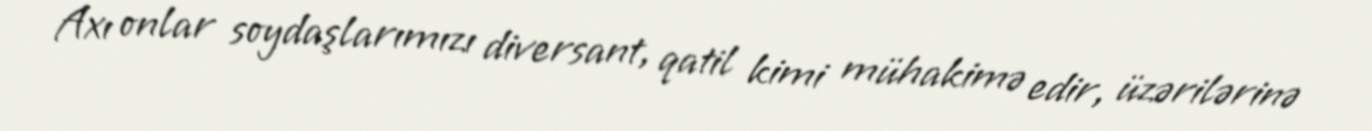
Axı onlar soydaşlarımızı diversant, qatil kimi mühakimə edir, üzərilərinə